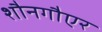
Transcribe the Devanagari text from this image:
शौनगौएर